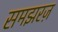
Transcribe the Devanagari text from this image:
समझरज़